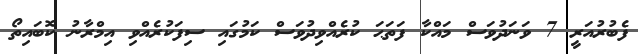
ފެބުރުއަރީ 7 ވަނަދުވަސް މައްކާ ފަތަޙަ ކުރެއްވިދުވަސް ކަމުގައި ސިފަކުރެއްވި އިމްރާނު ކޮބައިތޯ